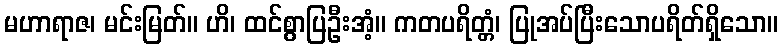
မဟာရာဇ၊ မင်းမြတ်။ ဟိ၊ ထင်စွာပြဦးအံ့။ ကတပရိတ္တံ၊ ပြုအပ်ပြီးသောပရိတ်ရှိသော။